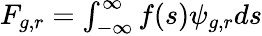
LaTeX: \begin{array}{r}{F_{g,r}=\int_{-\infty}^{\infty}f(s)\psi_{g,r}ds}\end{array}